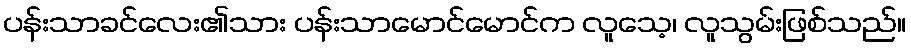
ပန်းသာခင်လေး၏သား ပန်းသာမောင်မောင်က လူသေ့၊ လူသွမ်းဖြစ်သည်။